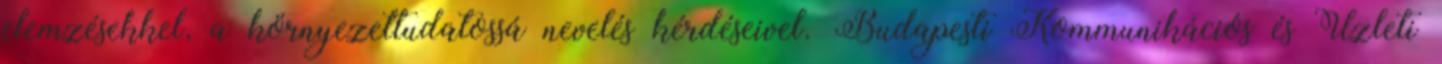
elemzésekkel, a környezettudatossá nevelés kérdéseivel. Budapesti Kommunikációs és Üzleti